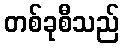
တစ်ခုစီသည်